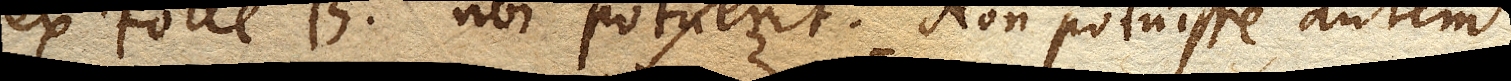
ex Folle B. ubi potuerit. Non potuisse autem